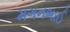
મગનભાઈ